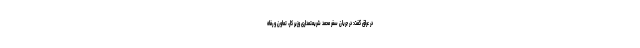
در عراق گفت: در جریان سفر محمد شریعتمداری وزیر کار، تعاون و رفاه